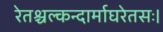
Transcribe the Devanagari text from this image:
रेतश्चल्कन्दार्माघरेतसः।